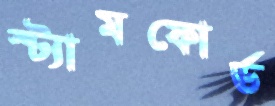
স্ট্যামফোর্ড